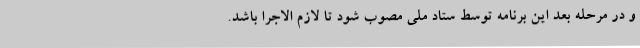
و در مرحله بعد این برنامه توسط ستاد ملی مصوب شود تا لازم الاجرا باشد.